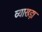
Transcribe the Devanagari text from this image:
व्यासड़ा